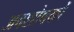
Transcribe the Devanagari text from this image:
अवशोषकों